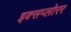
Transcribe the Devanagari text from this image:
इक्सप्लोरर